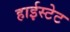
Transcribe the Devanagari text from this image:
हाईस्टेट